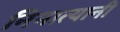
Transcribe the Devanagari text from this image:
निमात्यानी